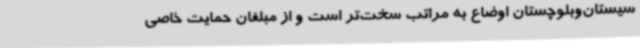
سیستان‌وبلوچستان اوضاع به مراتب سخت‌تر است و از مبلغان حمایت خاصی